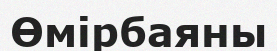
Өмірбаяны